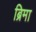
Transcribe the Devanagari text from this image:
ब्रिमा